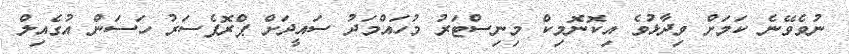
ނުވެވޭނެ ކަމަށް ވިދާޅުވެ އިކޮނޮމިކް މިނިސްޓަރު މުހައްމަދު ސައީދަށް ޕްރޮފެސަރު ހަސަން އުގެއިލް